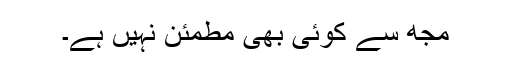
مجھ سے کوئی بھی مطمئن نہیں ہے۔